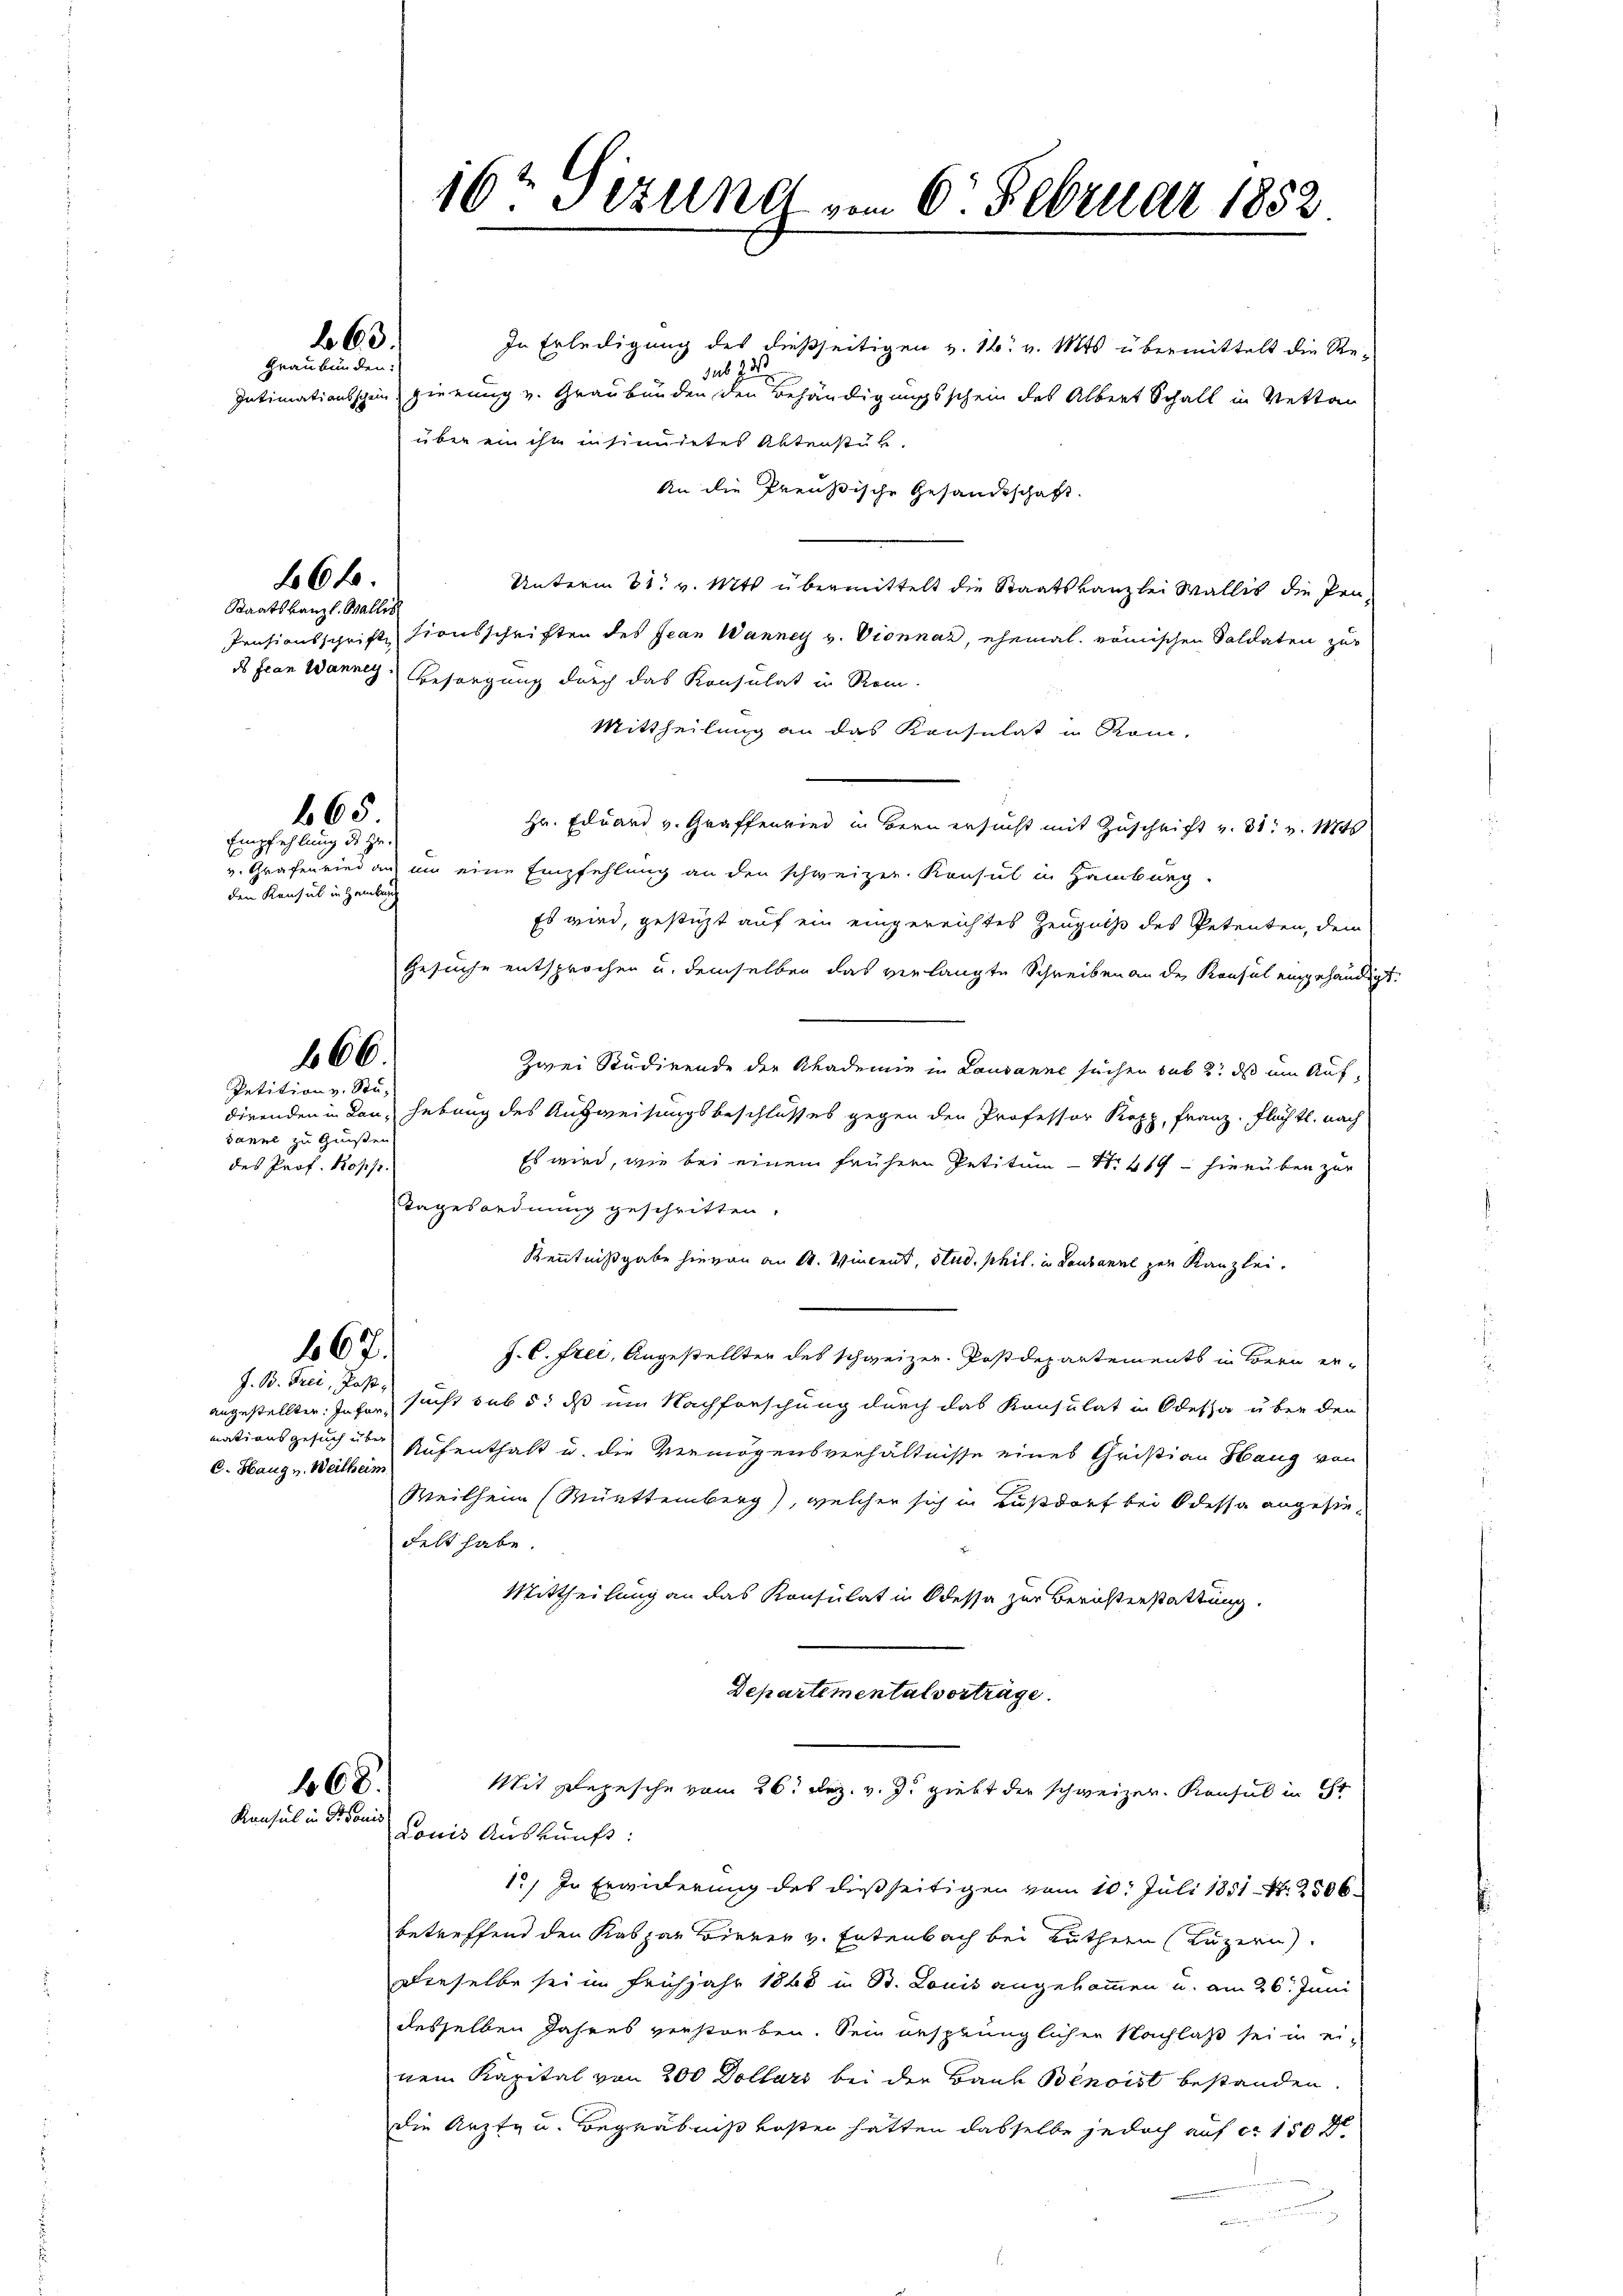
Graubünden:

466.

63.

Staatskanzl. Stallis
ds fian Wannes.

Empfehlung des Hr.
den Konsul in Hamburg

665

166.

Petition v. Sta-
sanne zu Gunsten
des Prof. Kopp.

167.

168.

16ten Teilen vom 6. Februar 1882

J. B. Frei, Past
C. Haug u. Weitheim

In Erledigung des dießseitigen v. 16. v. Mts. übermittelt die Resus 92.
Intimationsschein gierung v. Graubünden den Behändigungsschein des Albert Schall in Vettan
über ein ihn in sindetes Aktenstub
An die Preußische Gesandtschaft.
Unterm 31. v. Mts. übermittelt die Staatskanzlei Wallis die Pen-
Pensionsschrift tionsschriften des Jean Wannes v. Vionnaz, ehemal römischen Soldaten zu
Besorgung durch das Konsulat in Rom.
Mittheilung an das Konsulat in Rom.
Hr. Eduard v. Graffenried in Bern ersucht mit Zuschrift v. 31. v. 184
v. Grafenried an um eine Empfehlung an den schweizer. Konsul in Hamburg.
Es wird, gestüzt auf ein eingereichtes Zeugniß des Petenten, dem
Gesuche entsprochen u. demselben das verlangte Schreiben an der Konsul eingehändigt.
Zwei Studirende der Akademie in Lausanne suchen sub 2. das um Aufdirenden in kan, Hebung des Aufweisungsbeschlusses gegen den Professor Kopp, Franz. Flächtl. nach
Es wird, wie bei einem frühern Petitum - 1419 hierüben zur
Tagesondnung geschritten.
Kenntnißgabe hievon an A. Vincent, Stud. phil. in Laubanal zur Kanzlei.
J. C. Frei, Angestellter des schweizer. Postdepartements in Bern erangestellten: Infer, sucht sub d: daß um Nachforschung durch das Konsulat in Odessa über den
nationsgesuch über Aufenthalt u. die Vermögensverhältnisse eines Christian Haug von
Weilheim (Muettemberg), welcher sich in Ausdorf bei Odessa angesie¬
Felt habe.
Mittheilung an das Konsulat in Odessa zur Berichterstattung.
Departemental vorträge.
Mit Elepesche vom 26. Dez. v. J. giebt der schweizer Konsul in ihr
Konsul in Pionis Donis Auskunft:
1.) In Erwiderung des dießseitigen vom 10. Juli 1851 Nr. 2506.
betreffend den Kaspar Birner v. Entenbach bei Luthern (Luzern
Dieselbe sei im Frühjahr 1848 in B. Louis angekommen u. am 26. Juni
desselben Jahres verstorben. Sein ansprünglichen Nachlaß sei in einem Kapital von 200 Dollars bei der Bauk Benoist bestanden.
die Arzt zu Begräbnißkosten hatten dasselbe jedoch auf ca 150 fl